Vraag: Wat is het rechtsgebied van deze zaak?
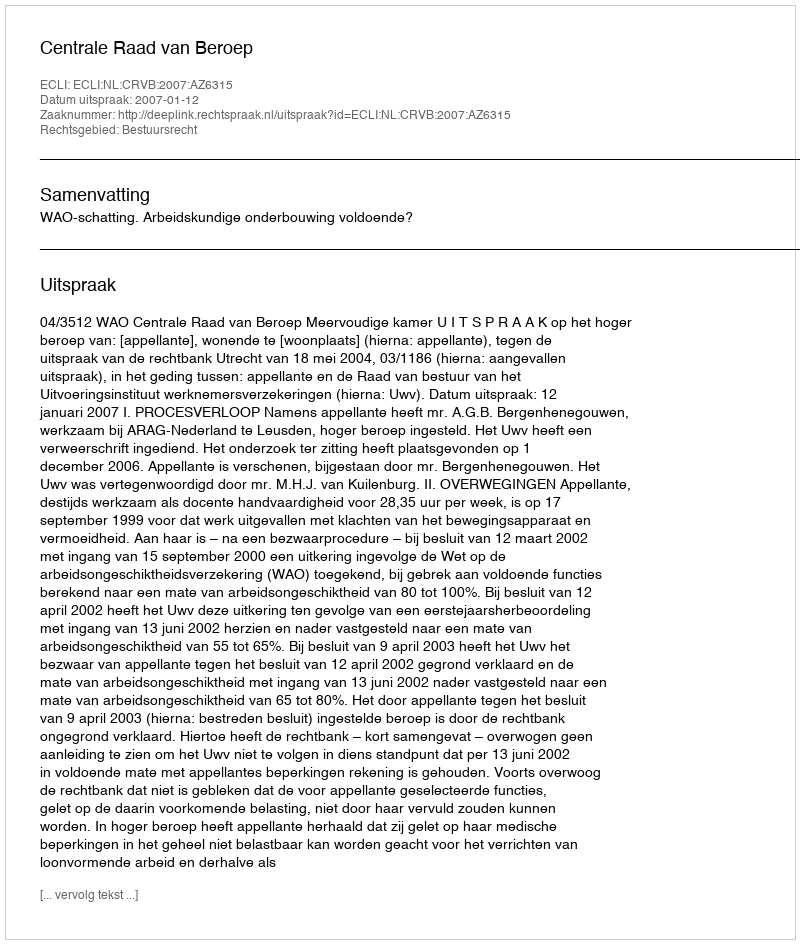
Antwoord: Bestuursrecht